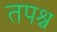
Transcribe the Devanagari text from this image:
तपश्च